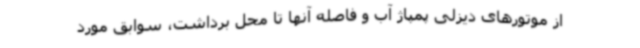
از موتورهای دیزلی پمپاژ آب و فاصله آنها تا محل برداشت، سوابق مورد